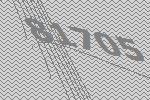
81705